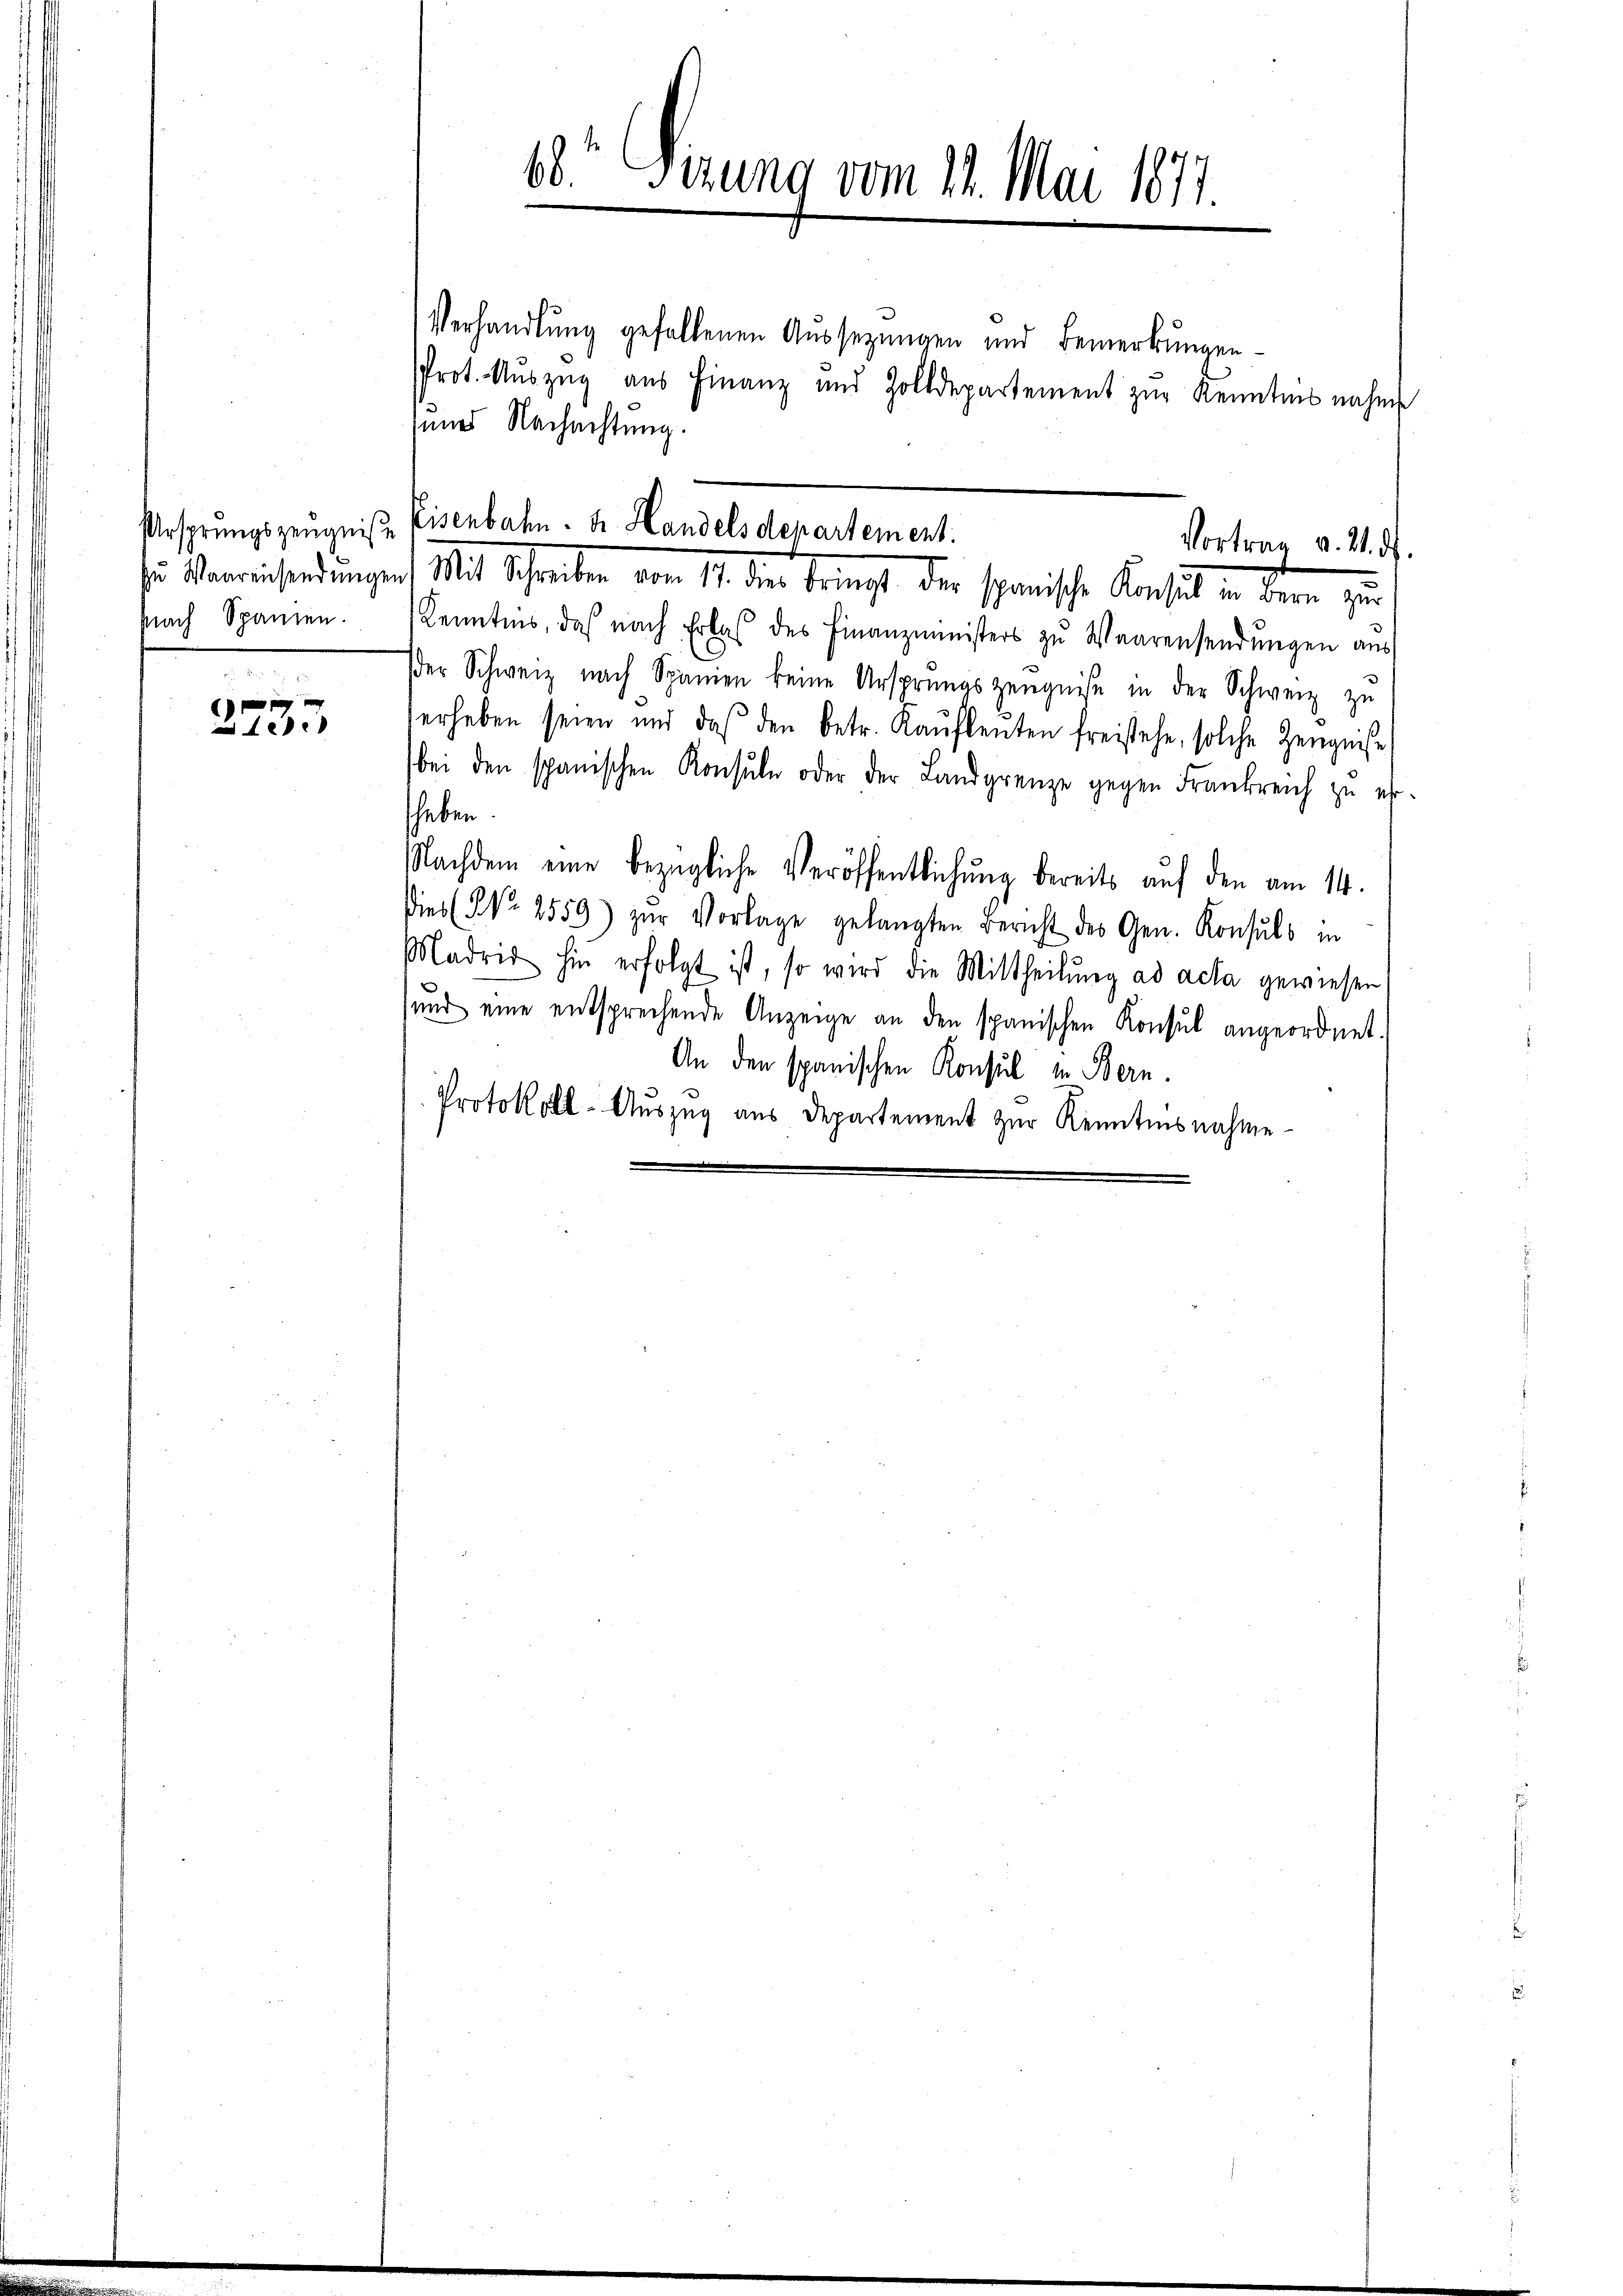
Ursprungszeugniße
In Waareinsendungen
snach Spanien.

1
10.

Sirung vom 11. Mai 1871.

Peisenbahn. dr Handelsdepartement.
Vortrag v. 21. ds.
) Mit Schreiben von 141 der Bringt der spanische Konsul in der ger

Verhandlŭng gefallenen Aŭssezungen und Bemerkungen
Prot. Auszug aus Finanz und Zolldepartement zur Kenntnis nahme
und Nachachtung.
Kenntnis, daß nach Erlaß des Finanzministers zu Waarensendungen aus
der Schweiz nach Spanien keine Ursprungszeŭgnis in der Schweiz zu
erheben seien und daß den betr. Kaŭflenten freistehe, solche Zeugniße
bei den spanischen Konsŭle oder der Landgrenze gegen Frankreich zŭ er-
sheben
Nachdem eine bezügliche Veröffentlichung bereits auf den am 14.
Dies No 2559) zŭr Vorlage gelangten Bericht des Gen. Konsuls in
Madre hin erfolgt ist, so wird die Mittheilŭng ad acta gewiesen,
und eine entsprechende Anzeige an den spanischen Konsul angeordnet.
An den spanischen Konsul in Bern.
Protokoll-Auszug aus Departement zur Kenntnisnahme